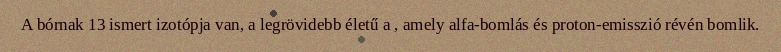
A bórnak 13 ismert izotópja van, a legrövidebb életű a , amely alfa-bomlás és proton-emisszió révén bomlik.